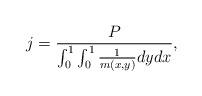
LaTeX: \begin{align*} j=\frac{P}{\int_{0}^{1}\int_0^1\frac{1}{m (x,y )}dydx}, \end{align*}